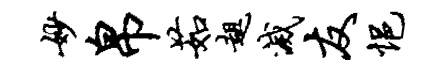
妙帛茹趄灭友悒